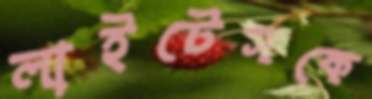
লাইটেসকে